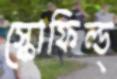
স্কোফিল্ড